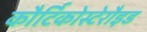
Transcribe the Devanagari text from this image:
कौर्टिकोस्टेरौइड